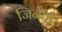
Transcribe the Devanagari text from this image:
जिनेप्री